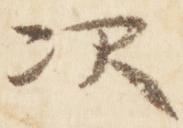
次